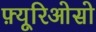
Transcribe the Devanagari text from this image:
फ़्यूरिओसो